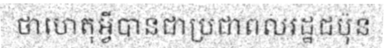
ថាហេតុអ្វីបានជាប្រជាពលរដ្ឋជប៉ុន